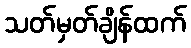
သတ်မှတ်ချိန်ထက်